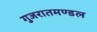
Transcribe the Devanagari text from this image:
गुजरातमण्डल